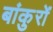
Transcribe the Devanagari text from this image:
बांकुरों